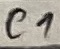
Text: C1